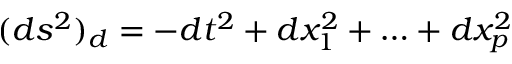
( d s ^ { 2 } ) _ { d } = - d t ^ { 2 } + d x _ { 1 } ^ { 2 } + \ldots + d x _ { p } ^ { 2 }